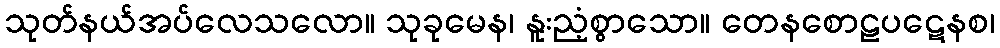
သုတ်နယ်အပ်လေသလော။ သုခုမေန၊ နူးညံ့စွာသော။ တေနစောဠပဋေနစ၊